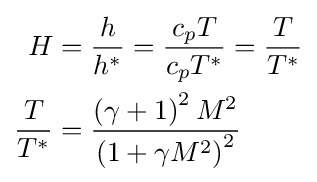
{\begin{aligned}H&={\frac {h}{h^{*}}}={\frac {c_{p}T}{c_{p}T^{*}}}={\frac {T}{T^{*}}}\\{\frac {T}{T^{*}}}&={\frac {\left(\gamma +1\right)^{2}M^{2}}{\left(1+\gamma M^{2}\right)^{2}}}\\\end{aligned}}